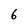
Character: 6